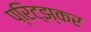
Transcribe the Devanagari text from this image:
प्रिट्झ्कर